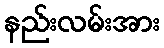
နည်းလမ်းအား